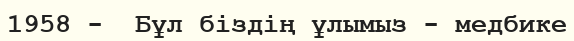
1958 -  Бұл біздің ұлымыз - медбике